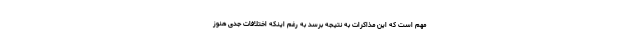
مهم است که این مذاکرات به نتیجه برسد به رغم اینکه اختلافات جدی هنوز